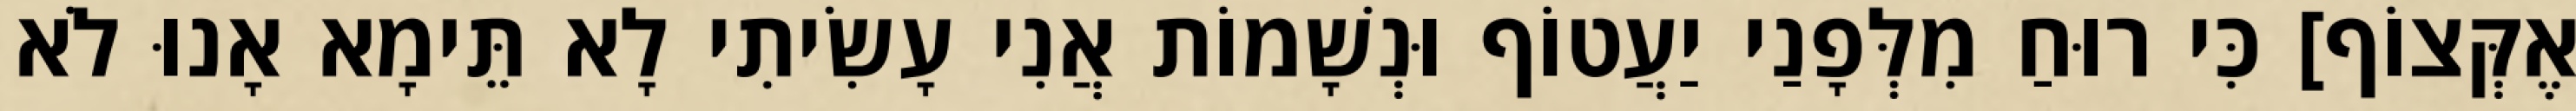
אֶקְּצוֹף] כִּי רוּחַ מִלְּפָנַי יַעֲטוֹף וּנְשָׁמוֹת אֲנִי עָשִׂיתִי לָא תֵּימָא אָנוּ לֹא